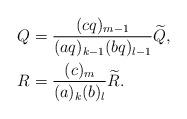
LaTeX: \begin{align*}Q &= \frac{(c q)_{m - 1}}{(a q)_{k - 1} (b q)_{l - 1}} \widetilde{Q}, \\R &= \frac{(c)_{m}}{(a)_{k} (b)_{l}} \widetilde{R}. \end{align*}